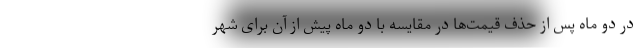
در دو ماه پس از حذف قیمت‌ها در مقایسه با دو ماه پیش از آن برای شهر